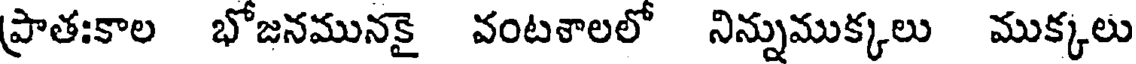
ప్రాతఃకాల భోజనమునకై వంటశాలలో నిన్నుముక్కలు ముక్కలు